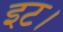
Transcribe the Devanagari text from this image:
इट।